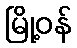
မြို့ဝန်